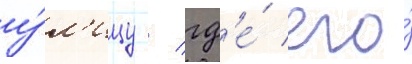
у́л'ицу / гд'е́ его́